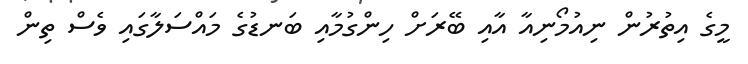
މީގެ އިތުރުން ނިއުމޯނިއާ އާއި ބޭރަށް ހިންގުމާއި ބަނޑުގެ މައްސަލާގައި ވެސް ތިން